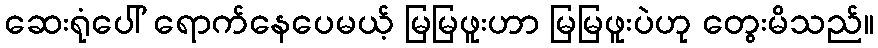
ဆေးရုံပေါ် ရောက်နေပေမယ့် မြမြဖူးဟာ မြမြဖူးပဲဟု တွေးမိသည်။